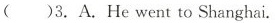
()3.A.He went to Shanghai.